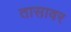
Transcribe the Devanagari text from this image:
तासावर